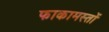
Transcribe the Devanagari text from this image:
फाकामस्तों